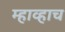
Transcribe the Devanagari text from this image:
म्हाव्हाच